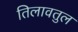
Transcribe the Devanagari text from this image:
तिलावतुल